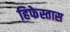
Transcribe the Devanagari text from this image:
हिफेस्तास